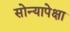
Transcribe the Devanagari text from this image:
सोन्यापेक्षा